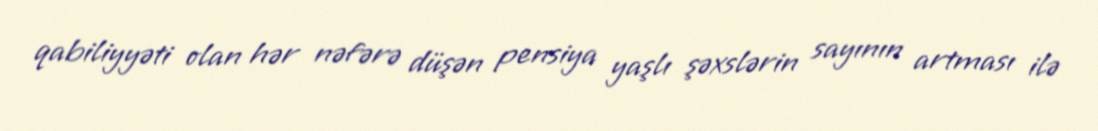
qabiliyyəti olan hər nəfərə düşən pensiya yaşlı şəxslərin sayının artması ilə